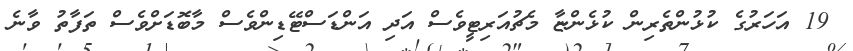
19 އަހަރުގެ ކުޅުންތެރިން ކުޅެންޏާ މެޗުއަރިޓީވެސް އަދި އަންޑަސްޓޭޑިންވެސް މާބޮޑަށްވެސް ތަފާތު ވާނެ